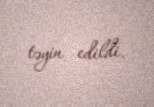
təyin edildi.